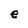
Character: e